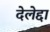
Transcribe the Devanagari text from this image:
देलेद्दा